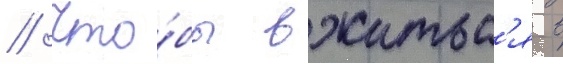
// Что́бы вжитьс'я в